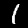
Digit: 1